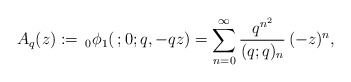
\begin{align*}A_{q}(z):=\,_{0}\phi_{1}(\,;0;q,-qz)=\sum_{n=0}^{\infty}\frac{q^{n^{2}}}{(q;q)_{n}}\,(-z)^{n},\end{align*}